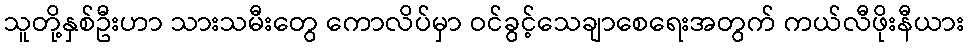
သူတို့နှစ်ဦးဟာ သားသမီးတွေ ကောလိပ်မှာ ဝင်ခွင့်သေချာစေရေးအတွက် ကယ်လီဖိုးနီယား